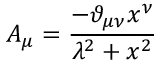
A _ { \mu } = \frac { - \vartheta _ { \mu \nu } x ^ { \nu } } { \lambda ^ { 2 } + x ^ { 2 } }